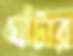
ঘাঁটার